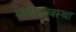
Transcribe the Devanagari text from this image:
सामान्यावस्था